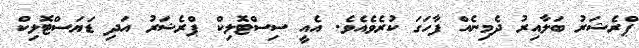
ޕްރެޝަރު ބަލާއިރު ދެމިނެއް ފާހަގަ ކުރެވެއެވެ. އެއީ ސިސްޓޮލިކް ޕްރެޝަރު އަދި ޑަޔަސްޓޮލިކް